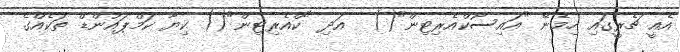
އެއީ ޗެރީގައި ހިމެނޭ "އައިސޯކްއެރިޓިން"()  އަދި "ކްއެރިޓިން"() ކިޔާ ކަމްޕައުންޑް ތަކެއްގެ